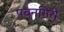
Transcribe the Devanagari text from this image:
पवनगिरी